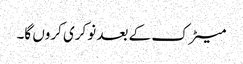
میٹرک کے بعد نوکری کروں گا۔